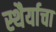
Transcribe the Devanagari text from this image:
स्थैर्याचा